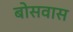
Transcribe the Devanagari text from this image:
बोसवास